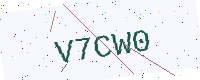
Text: V7CW0